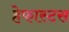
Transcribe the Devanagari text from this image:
हेफास्टस